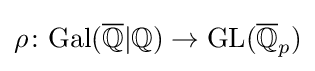
\rho \colon \mathrm {Gal} ({\overline {\mathbb {Q} }}|\mathbb {Q} )\to \mathrm {GL} ({\overline {\mathbb {Q} }}_{p})